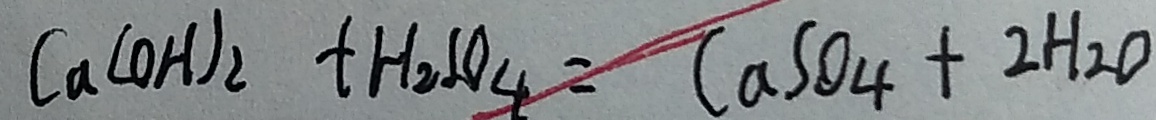
C a ( O H ) _ { 2 } + H _ { 2 } S O _ { 4 } = C a S O _ { 4 } + 2 H _ { 2 } O